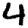
Digit: 4